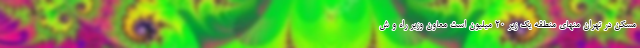
مسکن در تهران منهای منطقه یک زیر 20 میلیون است معاون وزیر راه و ش